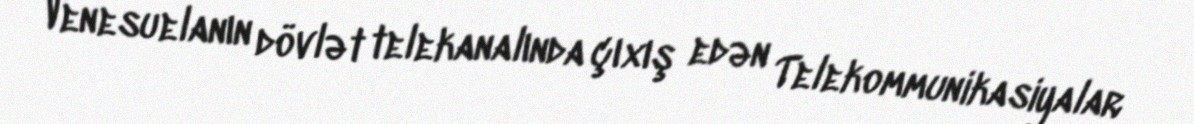
Venesuelanın dövlət telekanalında çıxış edən Telekommunikasiyalar